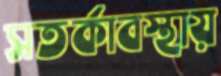
সতর্কাবস্থায়